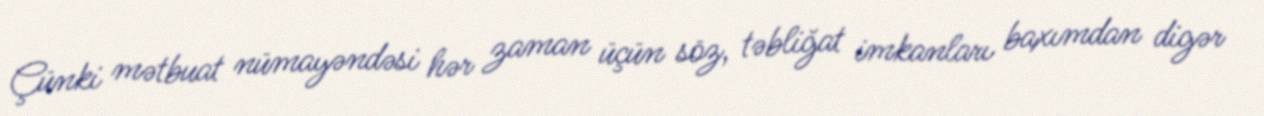
Çünki mətbuat nümayəndəsi hər zaman üçün söz, təbliğat imkanları baxımdan digər